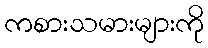
ကစားသမားများကို